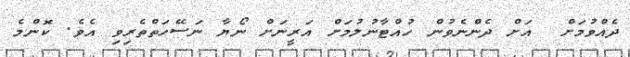
ދެއްވުމަށް  އަށް ދެންނެވުން ހުއްޓާނުލުމަށް އަރީނަށް ނޯޔާ ނަސޭހަތްތެރިވި އެވެ. ކޮންމެ